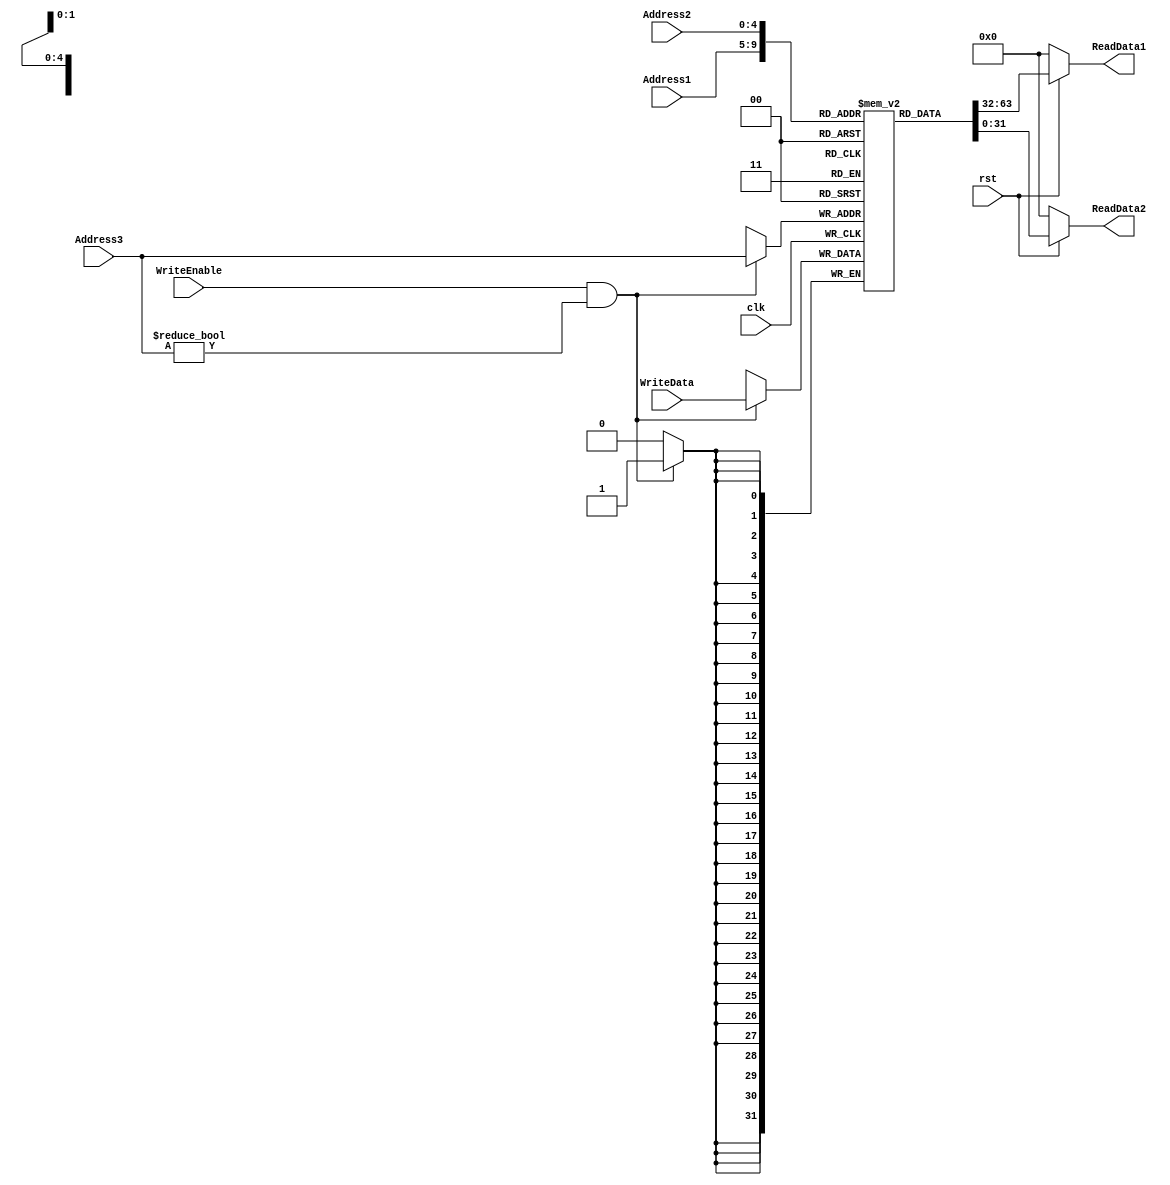
`timescale 1ns / 1ps

module RegisterFile(
    input clk, rst, WriteEnable,
    input [4:0] Address1, Address2, Address3,
    input [31:0] WriteData, 
    output [31:0] ReadData1, ReadData2
    );
    
    reg [31:0] Register [31:0]; 
    
    always@(posedge clk) begin 
        if (WriteEnable & (Address3 != 5'h0)) begin 
            Register[Address3] <= WriteData; 
        end
    end
    
    assign ReadData1 = (rst == 1'b0) ? 32'd0 : Register[Address1];
    assign ReadData2 = (rst == 1'b0) ? 32'd0 : Register[Address2];
    
    initial begin 
        Register[0] = 32'h00000000;
    end  
endmodule